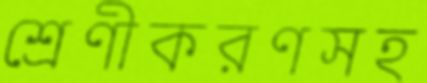
শ্রেণীকরণসহ